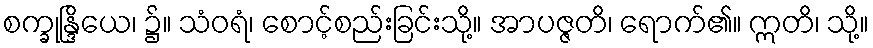
စက္ခုန္ဒြိယေ၊ ၌။ သံဝရံ၊ စောင့်စည်းခြင်းသို့။ အာပဇ္ဇတိ၊ ရောက်၏။ ဣတိ၊ သို့။